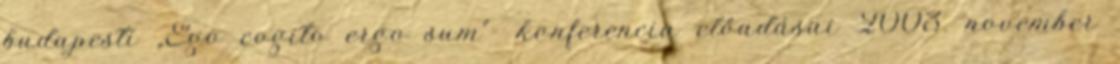
budapesti „Ego cogito ergo sum”- konferencia előadásai 2003. november